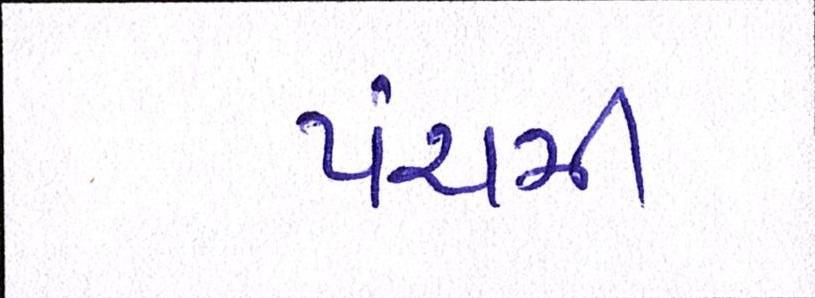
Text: પંચમી